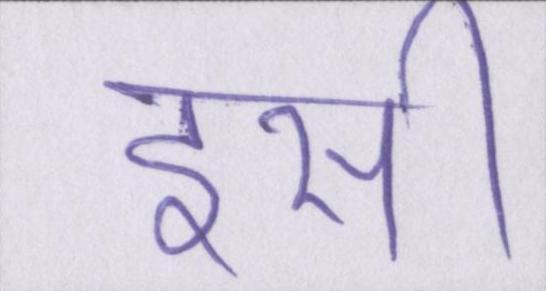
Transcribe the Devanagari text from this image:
इसी